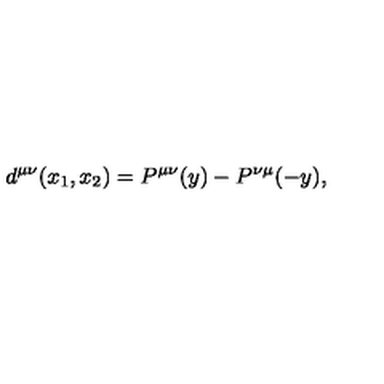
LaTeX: d ^ { \mu \nu } ( x _ { 1 } , x _ { 2 } ) = P ^ { \mu \nu } ( y ) - P ^ { \nu \mu } ( - y ) ,